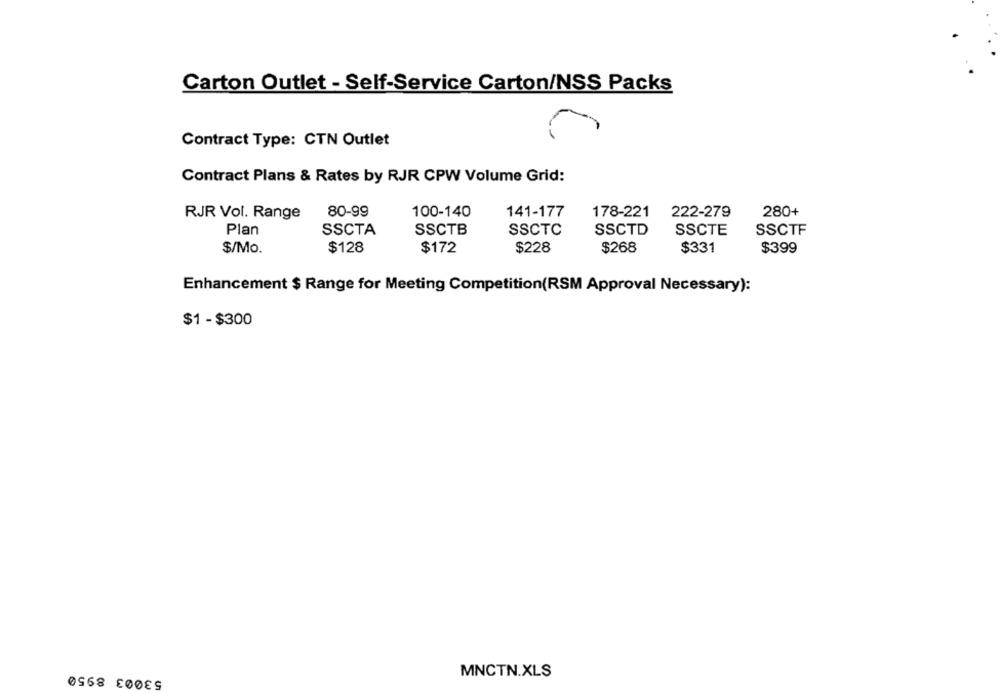
Carton Outlet - Self-Service Carton/NSS Packs
Contract Type: CTN Outlet
Contract Plans & Rates by RJR CPW Volume Grid:
RJR Vol. Range
80-99
100-140
141-177
178-221
222-279
280+
Plan
SSCTA
SSCTB
SSCTC
SSCTD
SSCTE
SSCTF
$/Mo.
$128
$172
$228
$268
$331
$399
Enhancement $ Range for Meeting Competition(RSM Approval Necessary):
$1 -$300
53003 8950
MNCTN.XLS